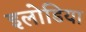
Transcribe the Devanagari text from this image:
इलोडिया